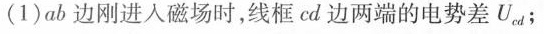
(1)ab边刚进入磁场时，线框cd边两端的电势差U_{cd}；